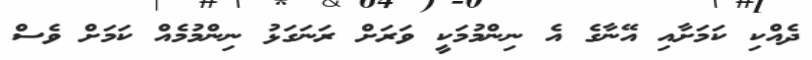
ދެއްކި ކަމަށާއި އޭނާގެ އެ ނިންމުމަކީ ވަރަށް ރަނަގަޅު ނިންމުމެއް ކަމަށް ވެސް